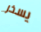
يسخر